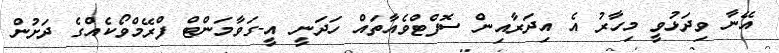
އޭނާ ވިދަޅުވީ މިހާރު އެ އިދަރާއިން ސޮފްޓްވެއާތައް ހަދަނީ އީ-ގަވާމަންޓް ފްރޭމްވޯކެއްގެ ދަށުން